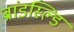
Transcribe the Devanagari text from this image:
ब्रांडस्ल्डि